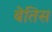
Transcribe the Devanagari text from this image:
बेतिस